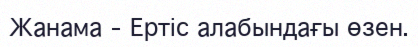
Жанама – Ертіс алабындағы өзен.